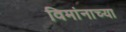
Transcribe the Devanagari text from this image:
विमांनाच्या